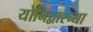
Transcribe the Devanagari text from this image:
योनिद्वारच्या